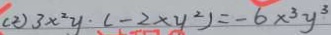
( 2 ) 3 x ^ { 2 } y \cdot ( - 2 \times y ^ { 2 } ) = - 6 x ^ { 3 } y ^ { 3 }